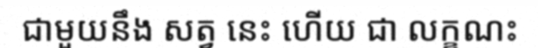
ជាមួយនឹង សត្វ នេះ ហើយ ជា លក្ខណះ